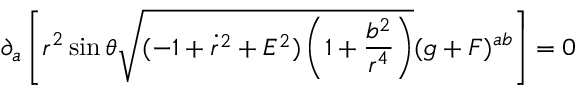
\partial _ { a } \left[ r ^ { 2 } \sin \theta \sqrt { ( - 1 + \dot { r } ^ { 2 } + E ^ { 2 } ) \left( 1 + \frac { b ^ { 2 } } { r ^ { 4 } } \right) } ( g + F ) ^ { a b } \right] = 0